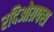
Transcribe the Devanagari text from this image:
रदिओग्रफ्स